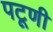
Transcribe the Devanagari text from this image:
पटूणी